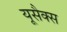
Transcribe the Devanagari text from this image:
यूसैक्स